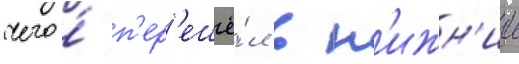
чего́ п'ер'ешё́л в н'ижн'ии